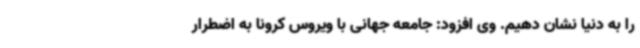
را به دنیا نشان دهیم. وی افزود: جامعه جهانی با ویروس کرونا به اضطرار